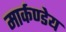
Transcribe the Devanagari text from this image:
मार्कण्‍डेय